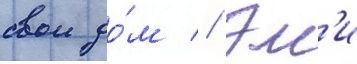
свои до́м // Эм'и